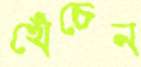
খেঁচেন